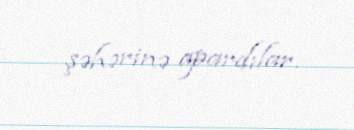
şəhərinə apardılar.